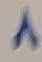
8